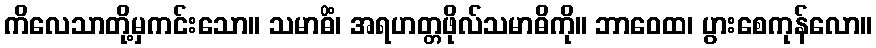
ကိလေသာတို့မှကင်းသော။ သမာဓိံ၊ အရဟတ္တဖိုလ်သမာဓိကို။ ဘာဝေထ၊ ပွားစေကုန်လော။